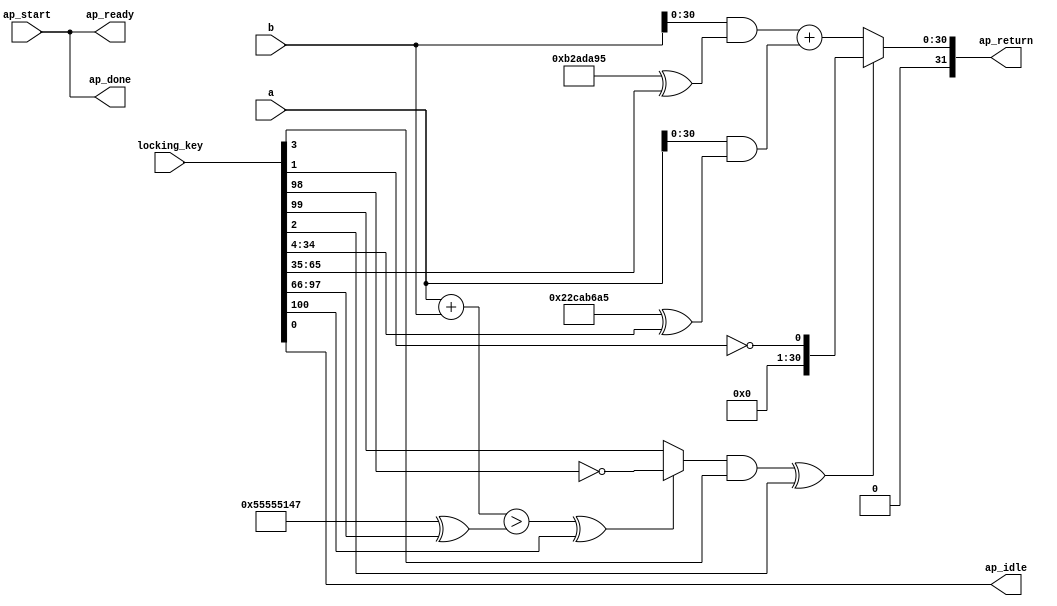
module calculate_2_0_obf
(
  ap_start,
  ap_done,
  ap_idle,
  ap_ready,
  a,
  b,
  ap_return,
  locking_key
);

  input ap_start;
  output ap_done;
  output ap_idle;
  output ap_ready;
  input [31:0] a;
  input [31:0] b;
  output [31:0] ap_return;
  wire [30:0] tmp_2_fu_34_p1;
  wire [30:0] tmp_1_fu_30_p1;
  wire [31:0] value_fu_38_p2;
  wire [0:0] tmp_fu_50_p2;
  wire [30:0] value_cast_fu_44_p2;
  wire [30:0] p_0_fu_56_p3;
  wire Const_0;
  wire Const_1;
  wire Const_2;
  wire [30:0] Const_3;
  wire [30:0] Const_4;
  wire [31:0] Const_5;
  wire Const_6;
  wire Const_7;
  input [254:0] locking_key;
  wire [100:0] working_key;
  assign ap_done = ap_start;
  assign Const_0 = (1'b0 ^ working_key[0]);
  assign ap_idle = Const_0;
  assign ap_ready = ap_start;
  assign ap_return = p_0_fu_56_p3;
  assign Const_1 = (1'b1 ^ working_key[1]);
  assign p_0_fu_56_p3 = ((tmp_fu_50_p2_temp ^ working_key[2]) == 1'b1)? Const_1 : value_cast_fu_44_p2;
  assign Const_2 = (1'b0 ^ working_key[3]);
  assign tmp_fu_50_p2_temp = tmp_fu_50_p2 & Const_2;
  assign Const_3 = (31'b0100010110010101011011010100101 ^ working_key[34:4]);
  assign tmp_1_fu_30_p1 = a & Const_3;
  assign Const_4 = (31'b0001011001010101101101010010101 ^ working_key[65:35]);
  assign tmp_2_fu_34_p1 = b & Const_4;
  assign Const_5 = (32'b01010101010101010101000101000111 ^ working_key[97:66]);
  assign Const_6 = (1'b1 ^ working_key[98]);
  assign Const_7 = (1'b0 ^ working_key[99]);
  assign tmp_fu_50_p2 = (((value_fu_38_p2 > Const_5) ^ working_key[100]) == 1'b1)? Const_6 : Const_7;
  assign value_cast_fu_44_p2 = tmp_2_fu_34_p1 + tmp_1_fu_30_p1;
  assign value_fu_38_p2 = a + b;
  assign working_key = { locking_key[100:0] };

endmodule